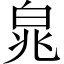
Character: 㿡